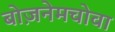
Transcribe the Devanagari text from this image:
बोज़नेमचोवा